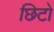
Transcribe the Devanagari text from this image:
छिटो